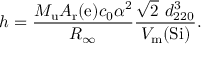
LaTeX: h = { \frac { M _ { \mathrm { { u } } } A _ { \mathrm { { r } } } ( \mathrm { { e } } ) c _ { 0 } \alpha ^ { 2 } } { R _ { \infty } } } { \frac { { \sqrt { 2 } } \ d _ { 2 2 0 } ^ { 3 } } { V _ { \mathrm { { m } } } ( \mathrm { { S i } } ) } } .